Plague in India, 1896, 1897 - Volume 3
Year: 1896
Disease focus: Plague
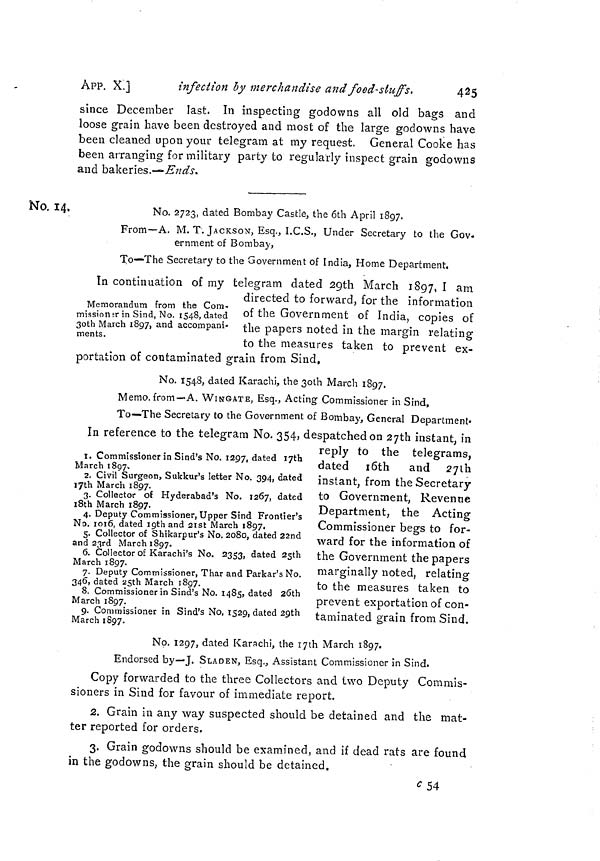
Apt 5 . X.]
infection by merchandise and food-stuffs.
425
since December last. In inspecting godowns all old bags and
loose grain have been destroyed and most of the large godowns have
been cleaned upon your telegram at my request. General Cooke has
been arranging for military party to regularly inspect grain godowns
and bakeries.—'Ends.
No. 14.
No. 2723, dated Bombay Castle, the 6th April 1897.
From—A. M. T. JACKSON, Esq., I.C.S., Under Secretary to the Gov-
ernment of Bombay,
To—The Secretary to the Government of India, Home Department.
Memorandum from the Com-
missionsr in Sind, No. 1548, dated
3oth March 1897, and accompani-
ments.
In continuation of my telegram dated 2gth March 1897, I am
directed to forward, for the information
of the Government of India, copies of
the papers noted in the margin relating
to the measures taken to prevent ex-
portation of contaminated gram trom bind.
No. 1548, dated Karachi, the 3oth March 1897.
Memo, from—A. WINGATE, Esq., Acting Commissioner in Sind,
To—The Secretary to the Government of Bombay, General Department»
1. Commissioner in Sind's No. 1297, dated ijth
March 1897,
2. Civil Surgeon, Sukkur's letter No. 394, dated
Ijth March 1897.
3. Collector of Hyderabad's No. 1267, dated
i8th March 1897.
4. Deputy Commissioner, Upper Sind Frontier's
No. 1016, dated igth and 2ist March 1897.
5. Collector of Shikarpur's No. 2080, dated 22nd
and 23rd March 1897.
6. Collector of Karachi's No. 2353, dated 25th
March 1897.
7. Deputy Commissioner, Thar and Parkar's No.
346, dated asth March 1897.
8. Commissioner in Sind's No. 1485, dated 20th
March 1897.
9. Commissioner in Sind's No. 1529, dated 29th
March 1897.
In reference to the telegram No. 354> despatched on 2yth instant, in
reply to the telegrams,
dated loth
and 2yih
instant, from the Secretary
to Government, Revenue
Department, the Acting
Commissioner begs to for-
ward for the information of
the Government the papers
marginally noted, relating
to the measures taken to
prevent exportation of con-
taminated grain from Sind.
No. 1297, dated Karachi, the I7th March 1897.
Endorsed by—J. SLADEN, Esq., Assistant Commissioner in Sind.
Copy forwarded to the three Collectors and two Deputy Commis-
sioners in Sind for favour of immediate report.
2. Grain in any way suspected should be detained and the mat-
ter reported for orders.
3. Grain godowns should be examined, and if dead rats are found
in the godowns, the grain should be detained.
¿54